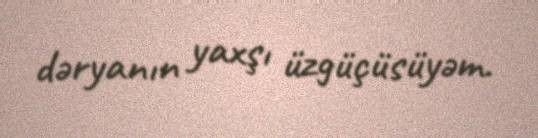
dəryanın yaxşı üzgüçüsüyəm.